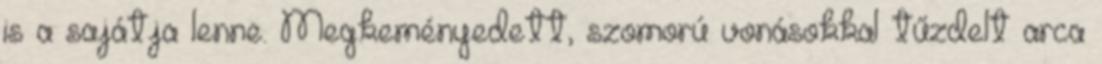
is a sajátja lenne. Megkeményedett, szomorú vonásokkal tűzdelt arca